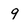
Character: 9